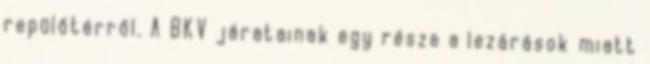
repülőtérről. A BKV járatainak egy része a lezárások miatt